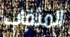
المثقاب